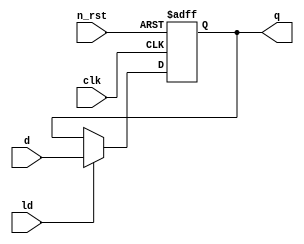
`default_nettype none

module REGISTER(
    input wire clk,
    input wire n_rst,
    input wire ld,
    input wire [3:0] d,

    output reg [3:0] q
);
    always @(posedge clk or negedge n_rst) begin
        if (~n_rst)       
            q <= 4'd0;
        else if (ld)
            q <= d;
    end
endmodule

`default_nettype none